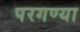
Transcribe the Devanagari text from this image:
परगण्या